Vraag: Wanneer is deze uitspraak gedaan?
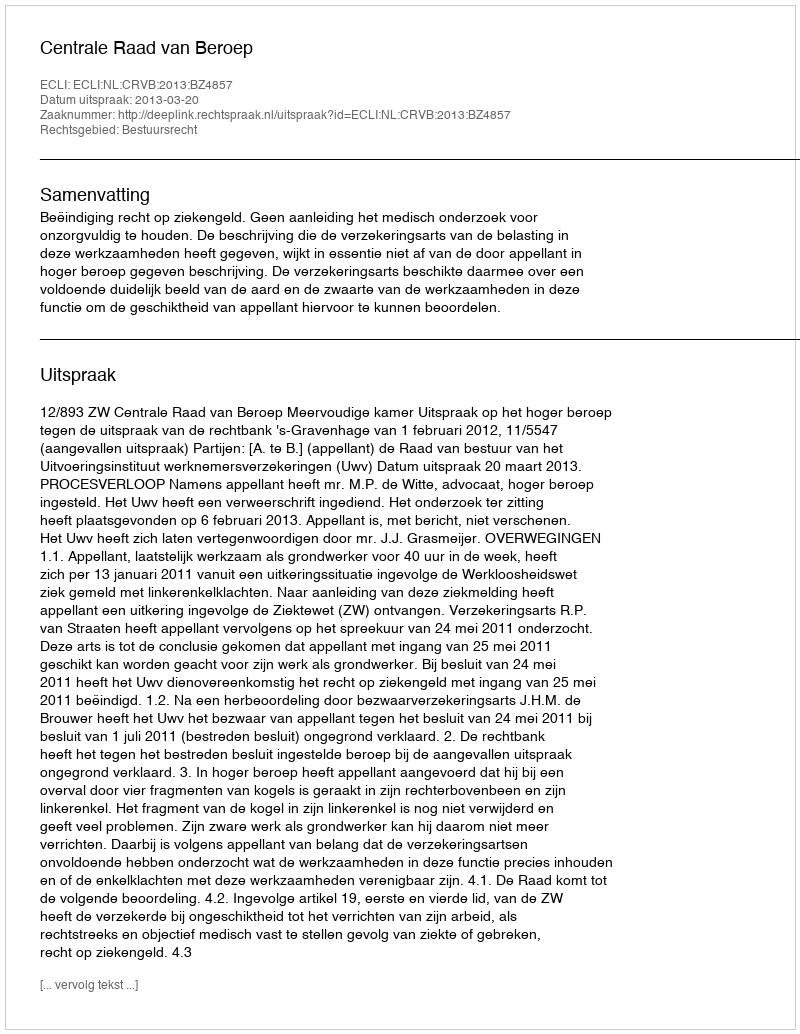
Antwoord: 2013-03-20